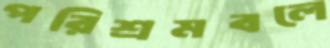
পরিশ্রমবলে